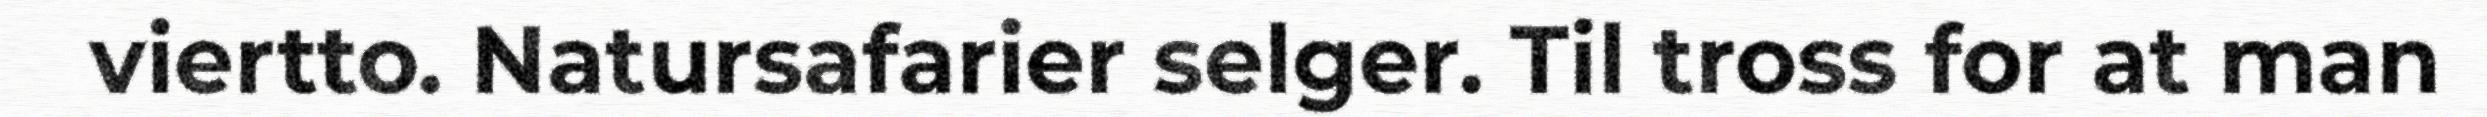
viertto. Natursafarier selger. Til tross for at man